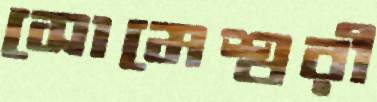
সোমেশ্বরী